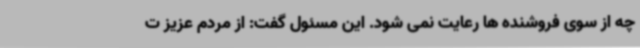
چه از سوی فروشنده ها رعایت نمی شود. این مسئول گفت: از مردم عزیز ت